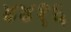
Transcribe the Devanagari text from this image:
४४१६